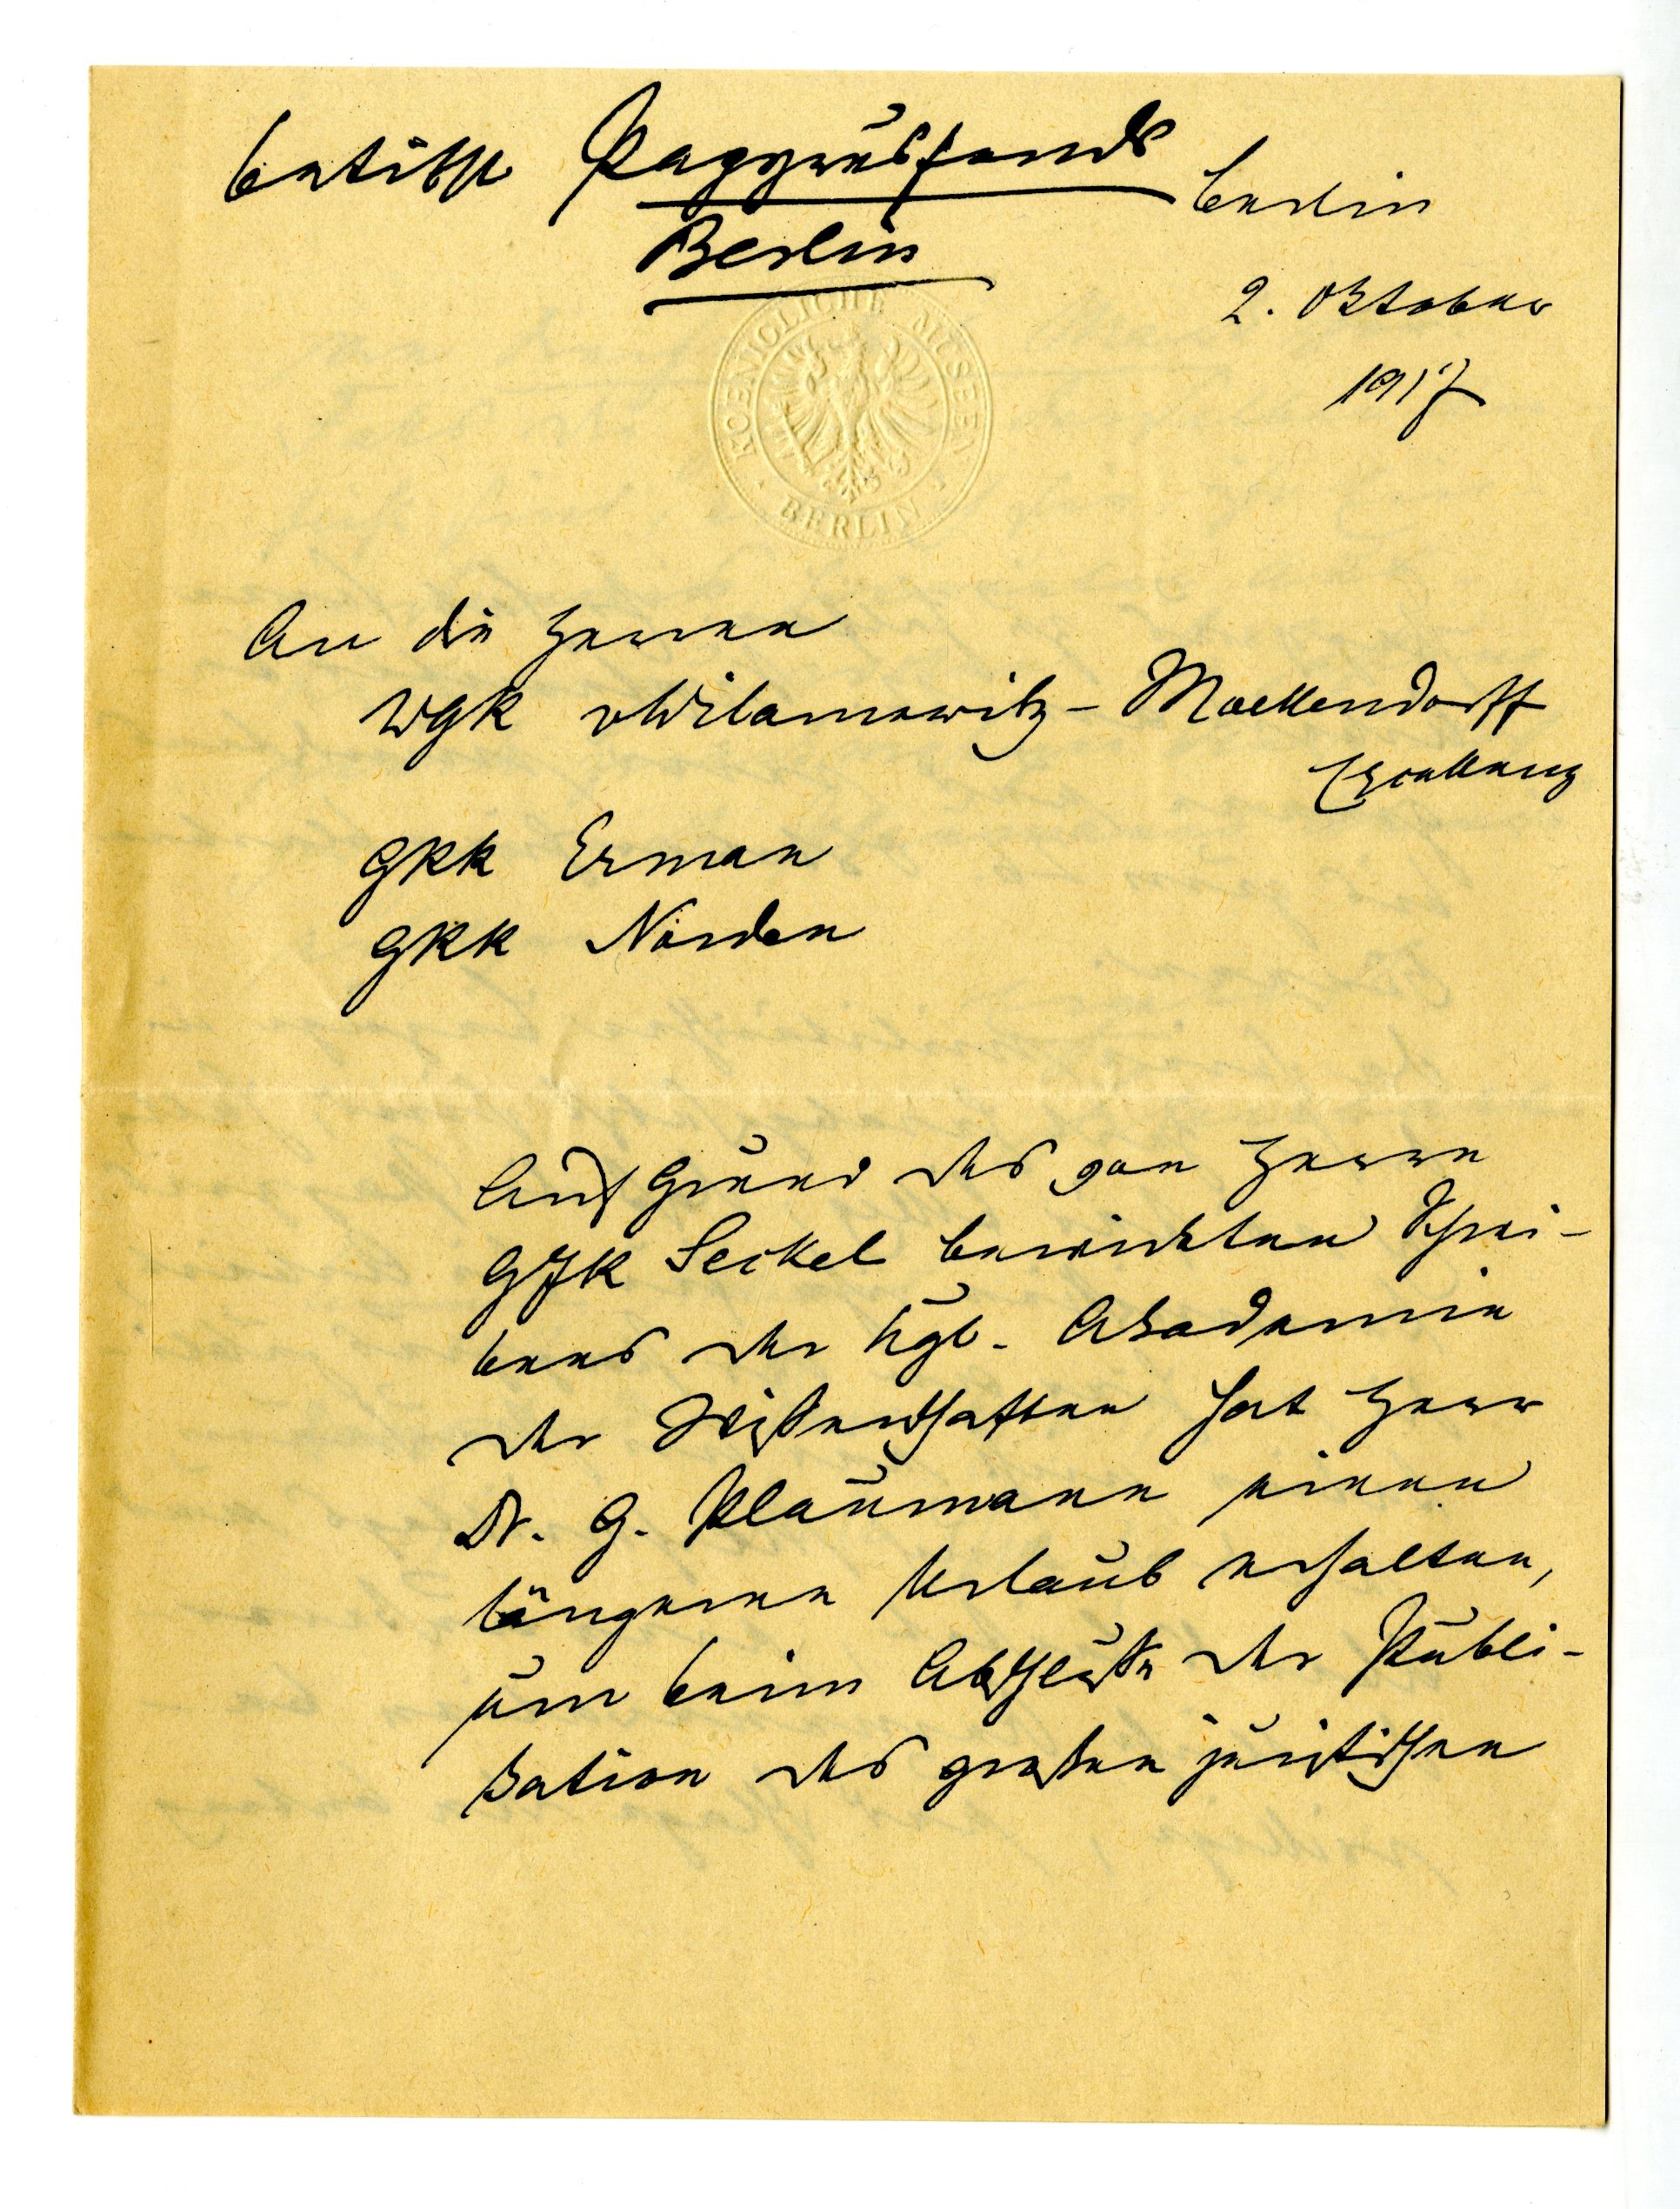
betrifft Papyrusfonds
Berlin
Berlin
2. Oktober
1917
An die Herren
WgR Wilamowitz-Moellendorff
Exzellenz
GRR Ermann
GRR Norden
Auf Grund des von Herrn
GJK Seikel bewirkten Schrei¬
bens der Kgl. Akademie
der Wissenschaft hat Herr
Dr. G. Plaumann einen
längeren Urlaub erhalten,
um beim Abschlusse der Publi¬
kation des großen juristischen